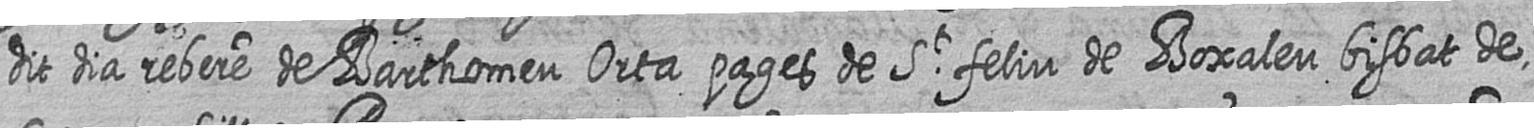
dit dia rebere de Barthomeu Orta pages de St feliu de Boxaleu bisbat de